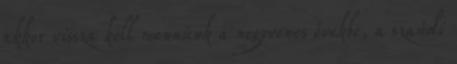
akkor vissza kell mennünk a negyvenes évekbe, a szaúdi